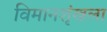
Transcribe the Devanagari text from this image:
विमानशृंखला